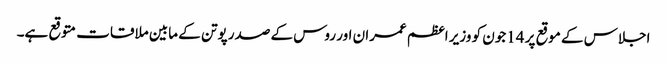
اجلاس کے موقع پر 14جون کو وزیر اعظم عمران اور روس کے صدر پوتن کے مابین ملاقات متوقع ہے۔